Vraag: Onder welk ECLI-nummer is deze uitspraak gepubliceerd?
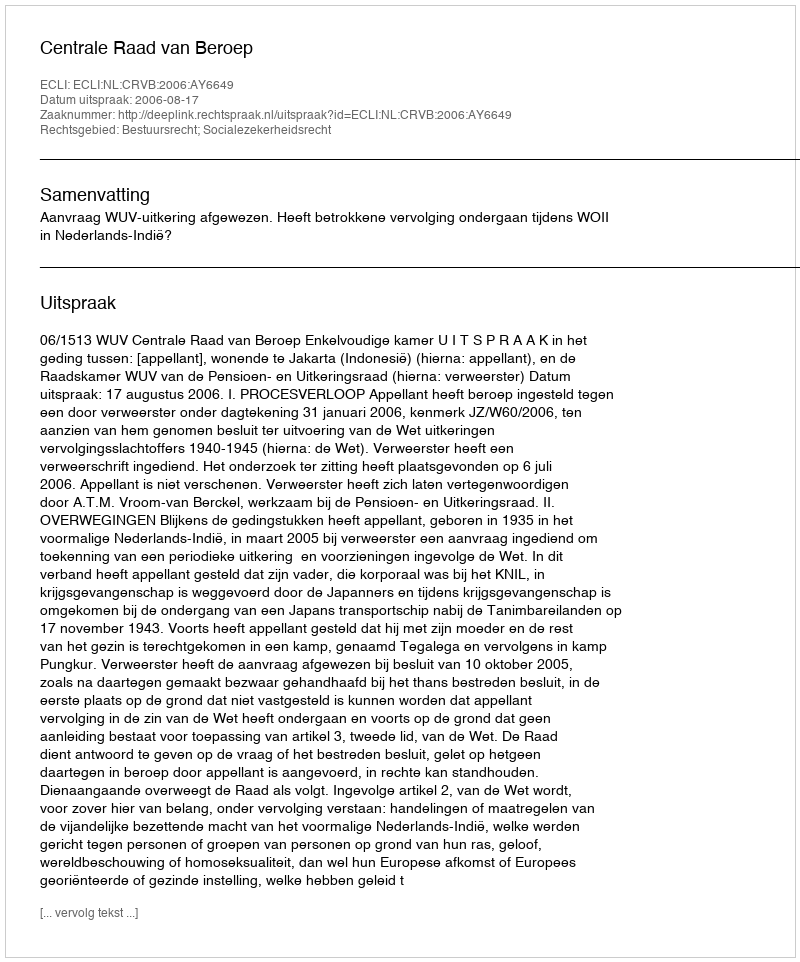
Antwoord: ECLI:NL:CRVB:2006:AY6649